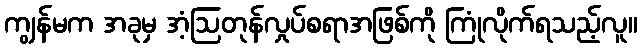
ကျွန်မက အခုမှ အံ့ဩတုန်လှုပ်စရာအဖြစ်ကို ကြုံလိုက်ရသည့်လူ။